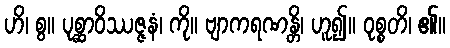
ဟိ၊ စွ။ ပုစ္ဆာဝိဿဇ္ဇနံ၊ ကို။ ဗျာကရဏန္တိ၊ ဟူ၍။ ဝုစ္စတိ၊ ၏။